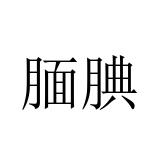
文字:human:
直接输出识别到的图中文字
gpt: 腼腆